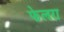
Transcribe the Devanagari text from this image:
फेलरा